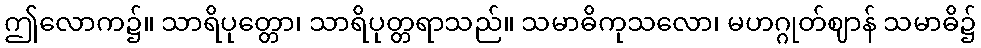
ဤလောက၌။ သာရိပုတ္တော၊ သာရိပုတ္တရာသည်။ သမာဓိကုသလော၊ မဟဂ္ဂုတ်ဈာန် သမာဓိ၌